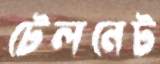
টেলনেট